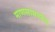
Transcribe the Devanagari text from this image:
माणसांमार्फत